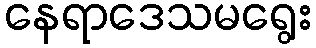
နေရာဒေသမရွေး